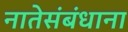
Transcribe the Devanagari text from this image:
नातेसंबंधाना